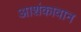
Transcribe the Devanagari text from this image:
आशंकावान